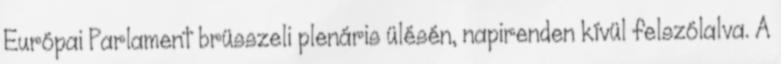
Európai Parlament brüsszeli plenáris ülésén, napirenden kívül felszólalva. A